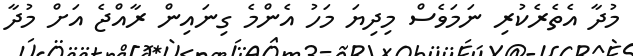
މުދާ އެތެރެކުރި ނަމަވެސް މިދިޔަ މަހު އެންމެ ގިނައިން ރާއްޖެ އަށް މުދާ